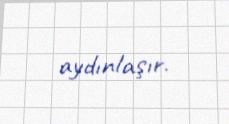
aydınlaşır.